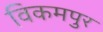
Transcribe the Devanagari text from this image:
विकमपुर